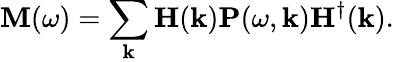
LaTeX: \mathbf{M}(\omega)=\sum_{\mathbf{k}}\mathbf{H}(\mathbf{k})\mathbf{P}(\omega,\mathbf{k})\mathbf{H}^{\dagger}(\mathbf{k}).